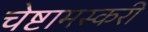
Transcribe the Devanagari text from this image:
चेष्टामस्करी